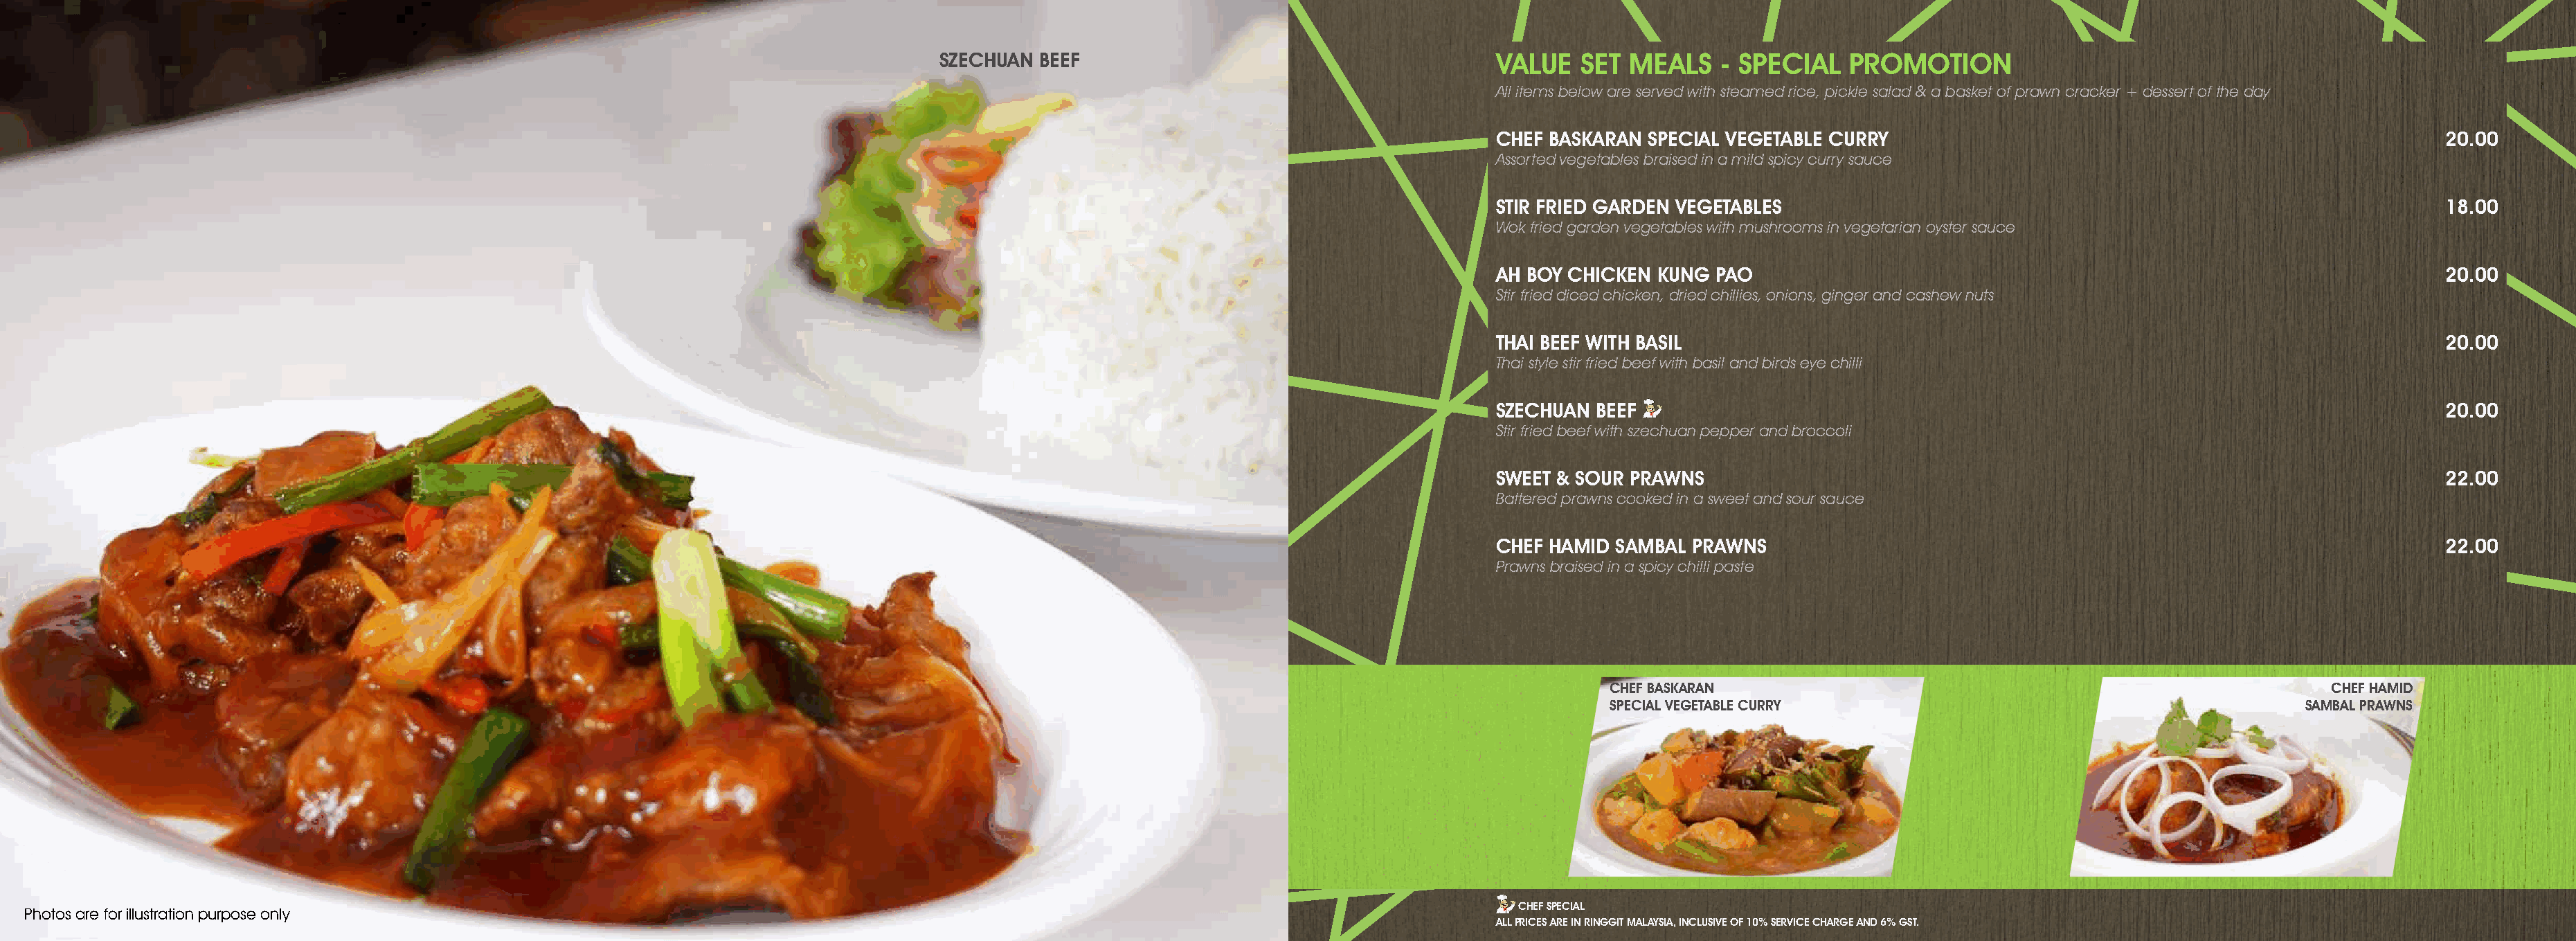
SZECHUAN BEEF                                        VALUE   SET  MEALS    - SPECIAL   PROMOTION
 All items below are served with steamed rice, pickle salad & a basket of prawn cracker + dessert of the day
 CHEF BASKARAN  SPECIAL VEGETABLE CURRy                                                     20.00
 Assorted vegetables braised in a mild spicy curry sauce
 STIR FRIED GARDEN VEGETABLES                                                               18.00
 Wok fried garden vegetables with mushrooms in vegetarian oyster sauce
 AH BOy CHICKEN KUNG  PAO                                                                   20.00
 Stir fried diced chicken, dried chillies, onions, ginger and cashew nuts
 THAI BEEF WITH BASIL                                                                       20.00
 Thai style stir fried beef with basil and birds eye chilli
 SZECHUAN  BEEF                                                                             20.00
 Stir fried beef with szechuan pepper and broccoli
 SWEET & SOUR PRAWNS                                                                        22.00
 Battered prawns cooked in a sweet and sour sauce
 CHEF HAMID  SAMBAL PRAWNS                                                                  22.00
 Prawns braised in a spicy chilli paste
 CHEF BASKARAN                                                        CHEF HAMID
 SPECIAL VEGETABLE CURRy                                           SAMBAL PRAWNS
 CHEF SPECIAL
 Photos are for illustration purpose only
 ALL PRICES ARE IN RINGGIT MALAySIA, INCLUSIVE OF 10% SERVICE CHARGE AND 6% GST.